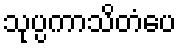
သုပ္ပကာသိတံပေ